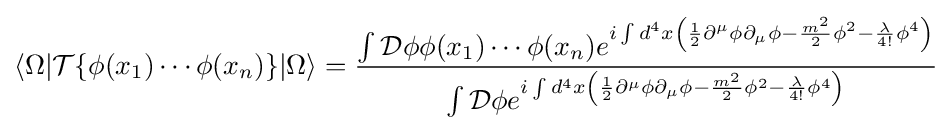
\langle \Omega |{\mathcal {T}}\{{\phi }(x_{1})\cdots {\phi }(x_{n})\}|\Omega \rangle ={\frac {\int {\mathcal {D}}\phi \phi (x_{1})\cdots \phi (x_{n})e^{i\int d^{4}x\left({1 \over 2}\partial ^{\mu }\phi \partial _{\mu }\phi -{m^{2} \over 2}\phi ^{2}-{\lambda  \over 4!}\phi ^{4}\right)}}{\int {\mathcal {D}}\phi e^{i\int d^{4}x\left({1 \over 2}\partial ^{\mu }\phi \partial _{\mu }\phi -{m^{2} \over 2}\phi ^{2}-{\lambda  \over 4!}\phi ^{4}\right)}}}